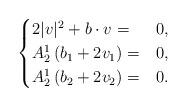
LaTeX: \begin{align*} \begin{cases} 2 |v|^2 + b\cdot v =& 0, \\ A^1_2\,(b_1+2v_1)=& 0, \\ A^1_2\,(b_2+2v_2)=&0. \end{cases} \end{align*}